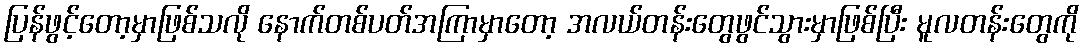
ပြန်ဖွင့်တော့မှာဖြစ်သလို နောက်တစ်ပတ်အကြာမှာတော့ အလယ်တန်းတွေဖွင်သွားမှာဖြစ်ပြီး မူလတန်းတွေကို